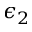
\epsilon _ { 2 }